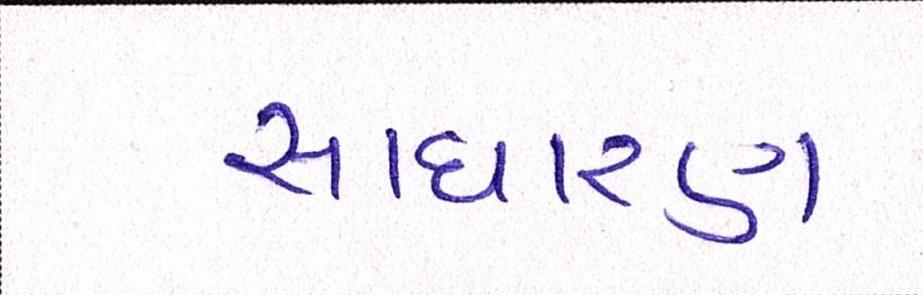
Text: સાધારણ